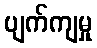
ပျက်ကျမှု